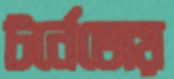
টর্নেডোয়